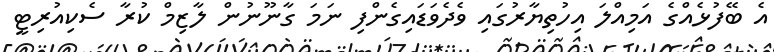
އެ ބޭފުޅެއްގެ އަމިއްލަ އިހުތިޔާރުގައި ވެދެވަޑައިގެންފި ނަމަ ގާނޫނުން ލާޒިމް ކުރާ ސެކިއުރިޓީ